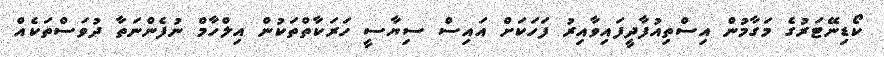
ކޯޑިނޭޓަރުގެ މަގާމުން އިސްތިއުފާދީފައިވާއިރު ފަހަކަށް އައިސް ސިޔާސީ ހަރަކާތްތަކުން އިލްހާމް ނުފެންނަތާ ދުވަސްތަކެއް